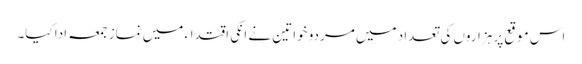
اس موقع پر ہزاروں کی تعداد میں مردو خواتین نے انکی اقتداء میں نماز جمعہ ادا کیا۔